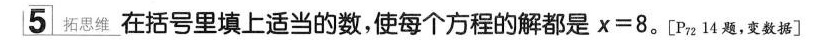
5拓思维在括号里填上适当的数，使每个方程的解都是$$x = 8$$。[P_{72}14题，变数据]